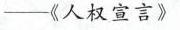
-----人权宣言》